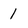
Character: 1